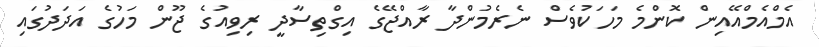
އެމްއެމްއޭއިން ކޮންމެ މަހަކުވެސް ނެރެމުންދާ ރާއްޖޭގެ އިގްތިސާދީ ރިވިއުގެ ޖޫން މަހުގެ އަދަދުގައި